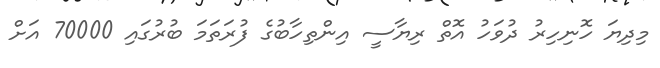
މިދިޔަ ހޮނިހިރު ދުވަހު އޮތް ރިޔާސީ އިންތިހާބުގެ ފުރަތަމަ ބުރުގައި 70000 އަށް